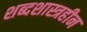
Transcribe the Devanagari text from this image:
शब्दशास्त्रहीन